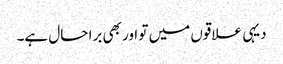
دیہی علاقوں میں تو اور بھی برا حال ہے۔